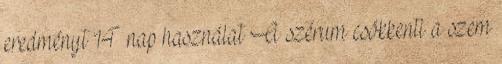
eredményt 14 nap használat A szérum csökkenti a szem